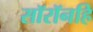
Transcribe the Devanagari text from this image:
सॉरॉनहि